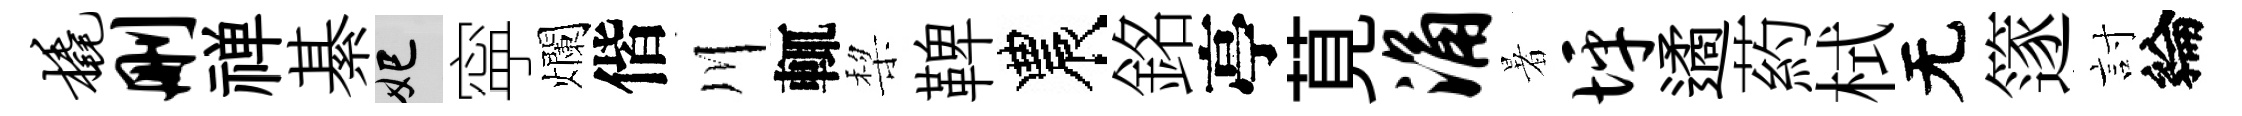
橇删禅綦妃寜爛偕川輒棃鞞農銘亭莧涌暑坪遹葯栻无篴討綸